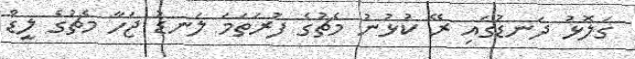
ގަލޮޅު ދަނޑުގައި ރޭ ކުޅުނު މެޗުގެ ފުަރަތަމަ ލަނޑު ޖަހާ މެޗުގެ ލީޑް